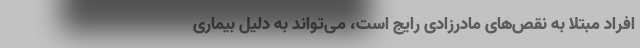
افراد مبتلا به نقص‌های مادرزادی رایج است، می‌تواند به دلیل بیماری